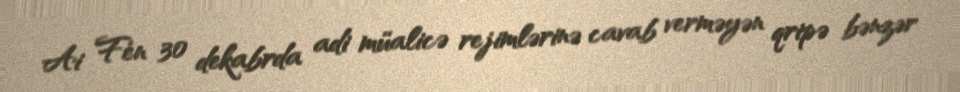
Ai Fen 30 dekabrda adi müalicə rejimlərinə cavab verməyən qripə bənzər